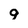
Character: 9